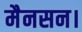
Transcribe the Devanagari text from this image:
मैनसन।